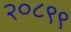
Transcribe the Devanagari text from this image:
२०८९९